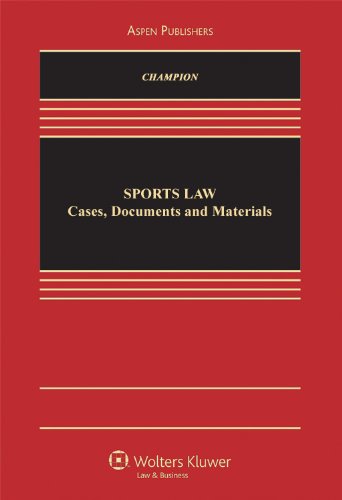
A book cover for Sports Law: Cases, Documents, and Materials; Walter Champion; Law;